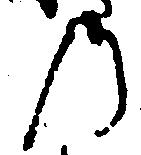
の